Scottish Leaving Certificate Examination, 1959
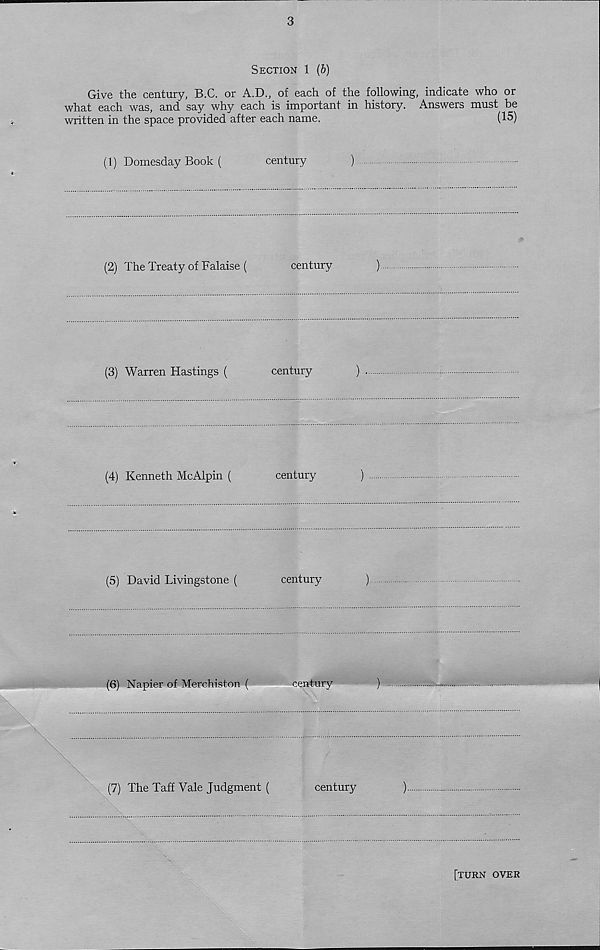
3
Section 1 (6)
Give the century, B.C. or A.D., of each of the following, indicate who or
what each was, and say why each is important in history. Answers must be
written in the space provided after each name.
(15)
(1) Domesday Book (
century
)
(2) The Treaty of Falaise (
century
)
(3) Warren Hastings (
century
)
(4) Kenneth McAlpin (
century
)
(5) David Livingstone (
century
)
(6) Napier of Merchiston (
century
)
(7) The Taff Vale Judgment (
century
)
[turn over